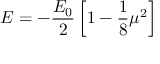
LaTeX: E = - { \frac { E _ { 0 } } { 2 } } \left[ 1 - { \frac { 1 } { 8 } } \mu ^ { 2 } \right]